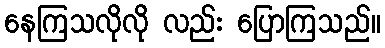
နေကြသလိုလို လည်း ပြောကြသည်။